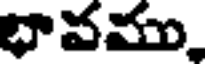
భావము,